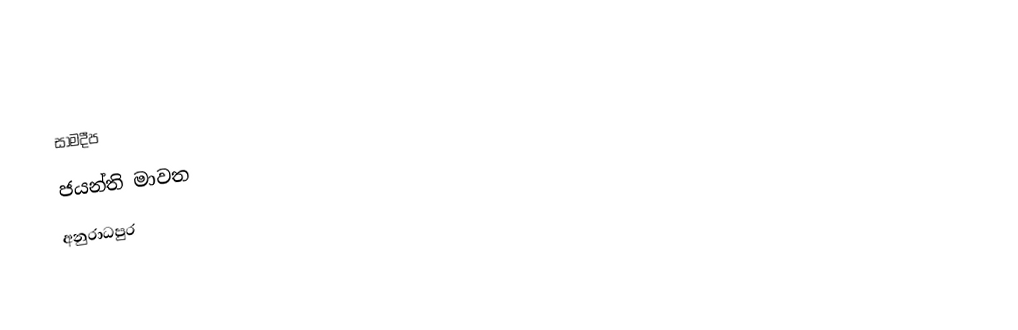
සාමදීප
ජයන්ති මාවත
අනුරාධපුර